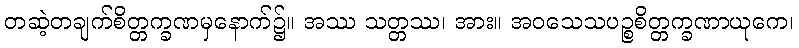
တဆဲ့တချက်စိတ္တက္ခဏမှနောက်၌။ အဿ သတ္တဿ၊ အား။ အဝသေသပဉ္စစိတ္တက္ခဏာယုကေ၊